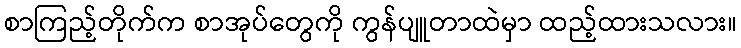
စာကြည့်တိုက်က စာအုပ်တွေကို ကွန်ပျူတာထဲမှာ ထည့်ထားသလား။